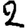
Digit: 2